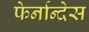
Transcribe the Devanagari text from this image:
फेर्नान्देस